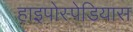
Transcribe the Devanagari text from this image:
हाइपोस्पेडियास